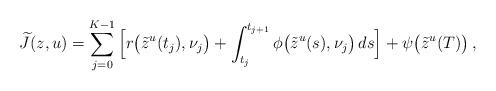
LaTeX: \begin{align*} \widetilde{J}(z, u) = \sum_{j=0}^{K-1} \Big[r\big(\tilde{z}^u(t_j), \nu_j\big) + \int_{t_j}^{t_{j+1}} \phi\big(\tilde{z}^u(s), \nu_j\big)\, ds \Big] + \psi\big(\tilde{z}^u(T)\big)\,, \end{align*}